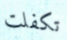
تكفلت